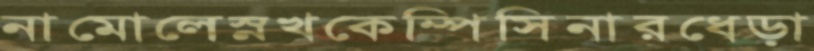
নামোলেস্নখকেম্পিসিনারধেড়া